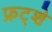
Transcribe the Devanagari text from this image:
फ्रट्शे